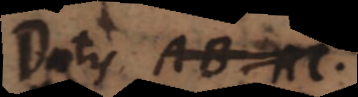
Datis AB, AC